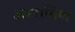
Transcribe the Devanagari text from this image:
अस्ताविण